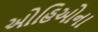
ઓહિઓના